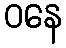
ဝနေ